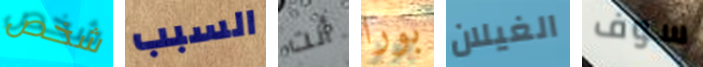
شخص السبب أنت بورا الغيلان سوف